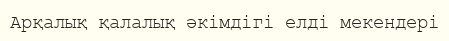
Арқалық қалалық әкімдігі елді мекендері